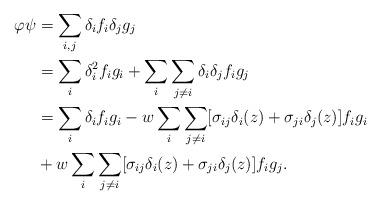
LaTeX: \begin{align*}\varphi \psi&= \sum_{i,j} \delta_if_i \delta_jg_j\\&= \sum_{i} \delta_i^2 f_i g_i + \sum_i \sum_{j\not=i} \delta_i\delta_j f_i g_j\\&=\sum_i\delta_i f_ig_i - w \sum_{i}\sum_{j\not=i}[\sigma_{ij} \delta_i(z) +\sigma_{ji} \delta_j(z)]f_ig_i\\&+ w \sum_i\sum_{j\not=i} [\sigma_{ij} \delta_i(z) +\sigma_{ji} \delta_j(z)]f_i g_j.\end{align*}